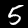
Label: 5